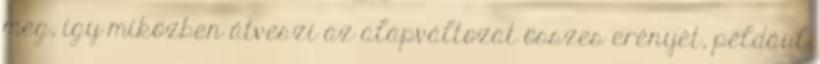
meg, így miközben átveszi az alapváltozat összes erényét, például